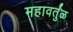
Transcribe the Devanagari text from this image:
महावर्तुळ